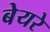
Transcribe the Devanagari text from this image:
बेयरे